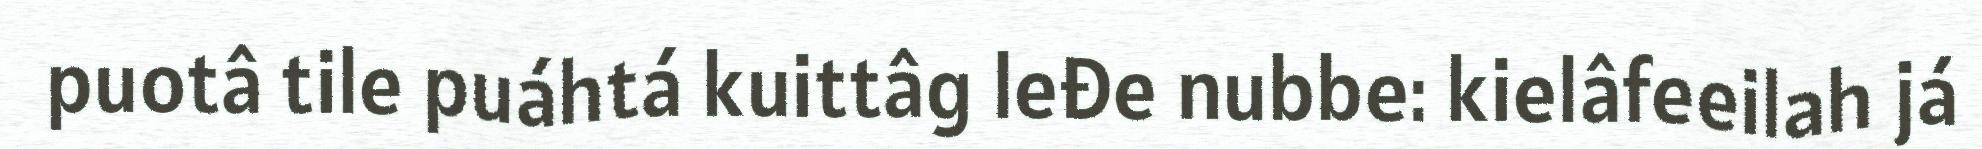
puotâ tile puáhtá kuittâg leđe nubbe: kielâfeeilah já